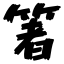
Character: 箸